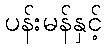
ပန်းမန်နှင့်